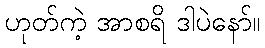
ဟုတ်ကဲ့ အာစရိ ဒါပဲနော်။